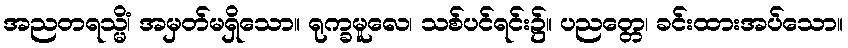
အညတရသ္မိံ၊ အမှတ်မရှိသော။ ရုက္ခမူလေ၊ သစ်ပင်ရင်း၌။ ပညတ္တေ၊ ခင်းထားအပ်သော။